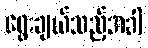
ရွေးချယ်သည့်အခါ